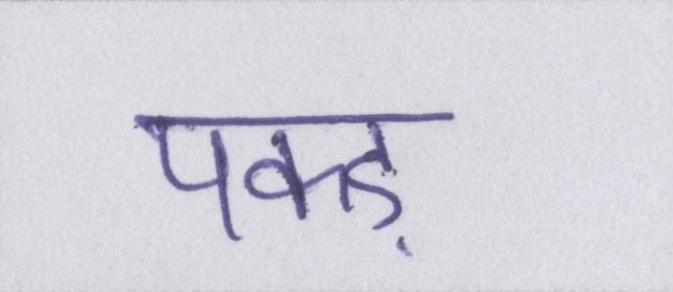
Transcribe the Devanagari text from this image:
पकड़